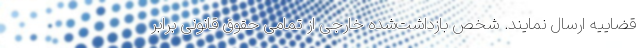
قضاییه ارسال نمایند. شخص بازداشت‌شده خارجی از تمامی حقوق قانونی برابر